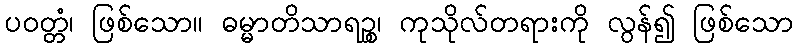
ပဝတ္တံ၊ ဖြစ်သော။ ဓမ္မာတိသာရဉ္စ၊ ကုသိုလ်တရားကို လွန်၍ ဖြစ်သော